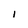
Character: 1